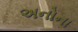
અનોના